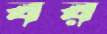
বর